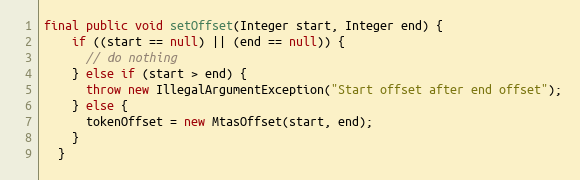
Language: Java
final public void setOffset(Integer start, Integer end) {
    if ((start == null) || (end == null)) {
      // do nothing
    } else if (start > end) {
      throw new IllegalArgumentException("Start offset after end offset");
    } else {
      tokenOffset = new MtasOffset(start, end);
    }
  }